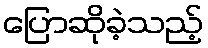
ပြောဆိုခဲ့သည့်